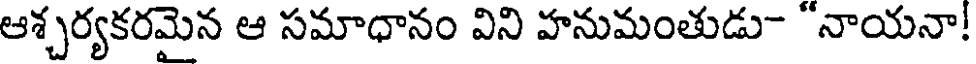
ఆశ్చర్యకరమైన ఆ సమాధానం విని హనుమంతుడు- "నాయనా!